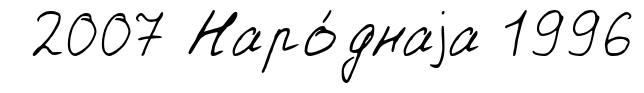
2007 Наро́днаjа 1996